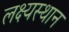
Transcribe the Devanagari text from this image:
लक्ष्यस्थान